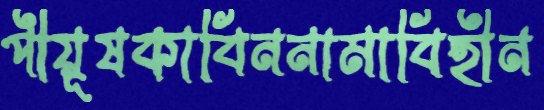
পীয়ূষকাবিননামাবিহীন